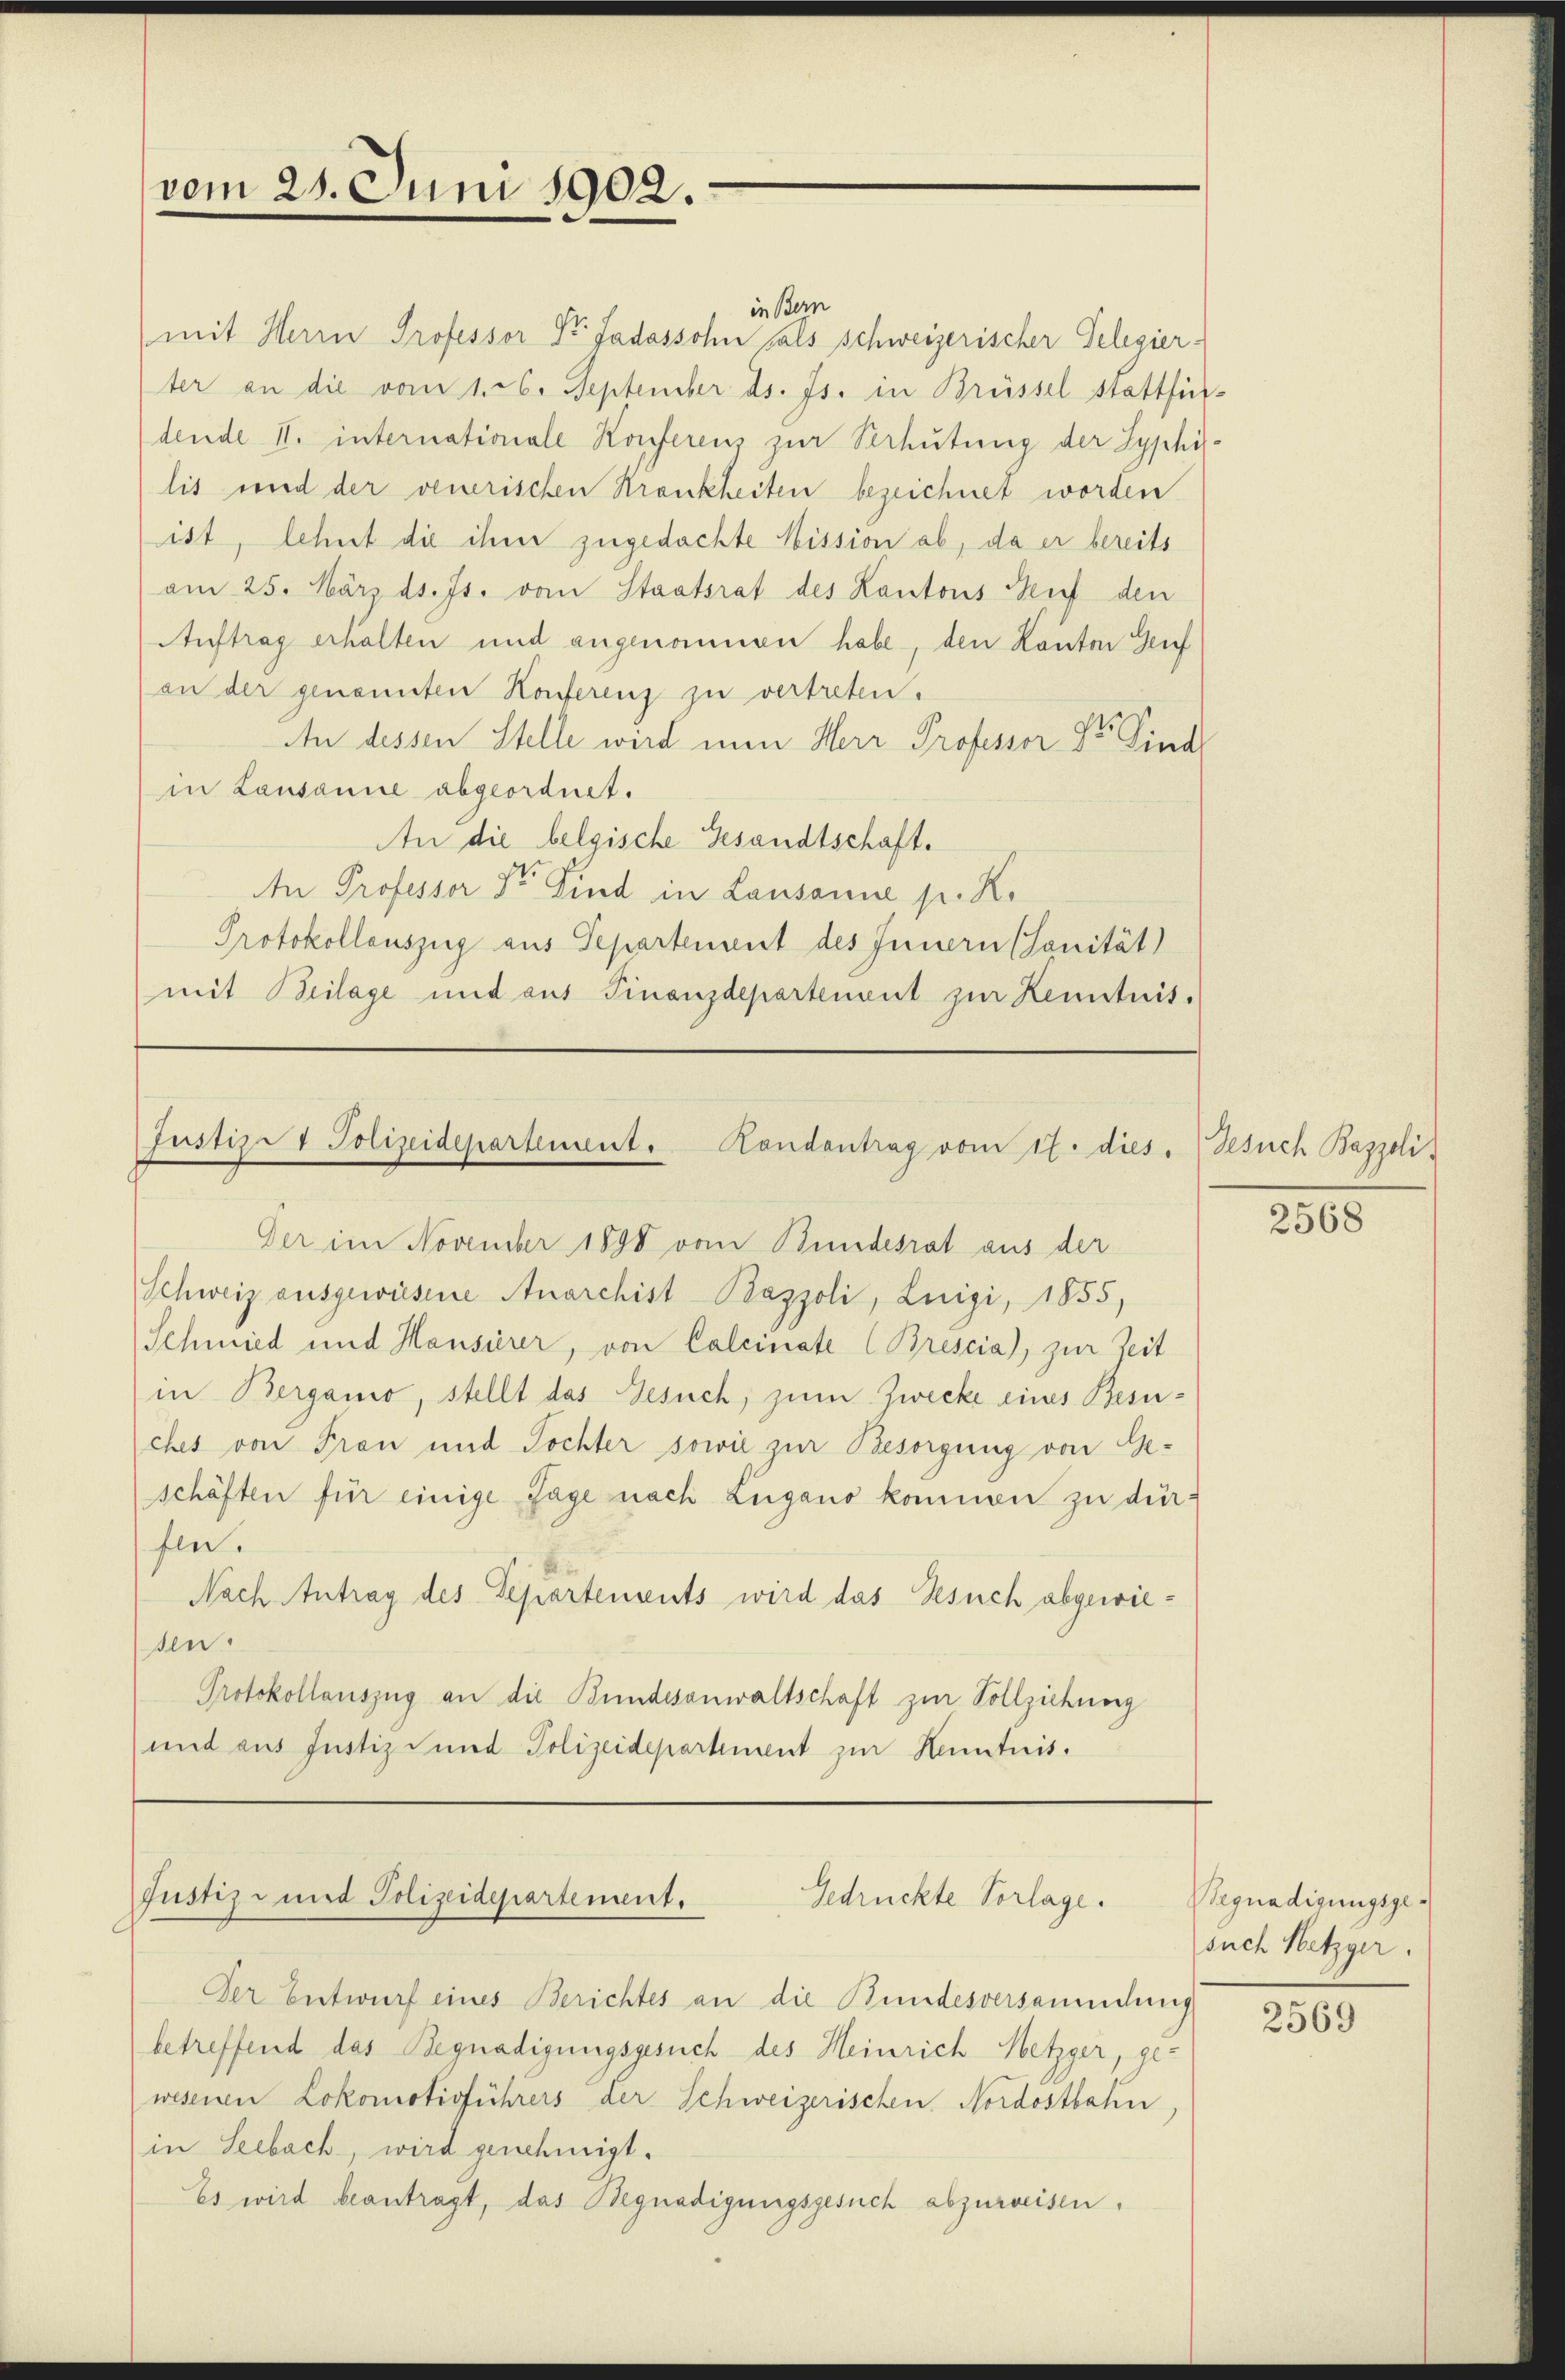
vom 25. Juni 1902.

Justiz- & Polizeidepartement. Handantrag vom 17. dies
Der im November 1890 vom Bundesrat aus der

in Bern
mit Herrn Professor Sr. Gadossohn fals schweizerischer Gelegierter an die vom 1. 26. September ds. Js. in Brüssel stattfindende II. internationale Konferenz zur Verhütung der Syphilis und der venerischen Krankheiten bezeichnet worden
ist, lehnt die ihm zugedachte Mission ab, da er bereits
am 25. März ds. Js. vom Staatsrat des Kantons Senf den
Auftrag erhalten und angenommen habe, den Kanton Genf
an der genannten Konferenz zu vertreten.
An dessen Stelle wird nun Herr Professor Dr. Sind
in Lausanne abgeordnet.
An die belgische Gesandtschaft.
An Professor Sr. Kind in Lausanne pr. K.
Protokollauszug aus Separtement des Innern (Sanität
mit Beilage und aus Finanzdepartenent zur Kenntnis.

Justiz- und Polizeidepartement.
Gedrückte Vorlage.

Schweiz ausgewiesene Anarchist-Baspoli, Luigi, 1855,
Schmied und Hausierer, von Calcinate (Brescia), zur Zeit
in Berganio, stellt das Gesuch, zum Zwecke eines Besu-
ches von Frau und Tochter sowie zur Besorgung von Ge-
schäften für einige Tage nach Zugano kommen zu dürfle.
Nach Antrag des Departements wird das Besuch abgewiesen.
Protokollauszug an die Bundesanwaltschaft zur Vollziehung
und aus Justiz- und Polizeidepartement zur Kenntnis.

Der Entwurf eines Berichtes an die Bundesversammdung
betreffend das Begnadigungsgesuch des Heinrich Metzger, ge-
wesenen Lokomotivführers der Schweizerischen Nordostbahn,
in Seebach, wird genehmigt.
Es wird beantragt, das Begnadigungsgesuch abzuweisen.

Gesuch Bazzeli

2568

Wegnadigungsgesuch Metzger.

2569